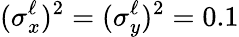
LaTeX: (\sigma_{x}^{\ell})^{2}=(\sigma_{y}^{\ell})^{2}=0.1